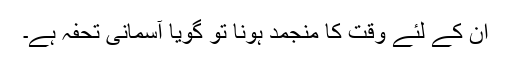
ان کے لئے وقت کا منجمد ہونا تو گویا آسمانی تحفہ ہے۔